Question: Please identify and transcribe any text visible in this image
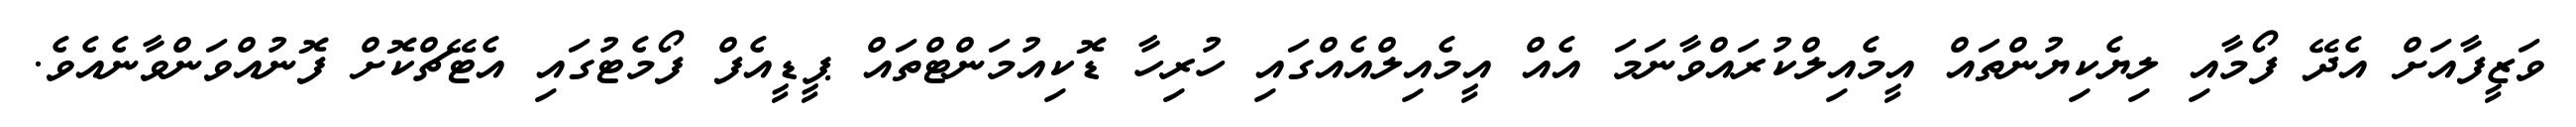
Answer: ވަޒީފާއަށް އެދޭ ފޯމާއި ލިޔެކިޔުންތައް އީމެއިލްކުރައްވާނަމަ އެއް އީމެއިލްއެއްގައި ހުރިހާ ޑޮކިއުމަންޓްތައް ޕީޑީއެފް ފޯމެޓުގައި އެޓޭޗްކޮށް ފޮނުއްވަންވާނެއެވެ.